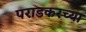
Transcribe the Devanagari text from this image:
पराडकरच्या